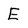
Character: E